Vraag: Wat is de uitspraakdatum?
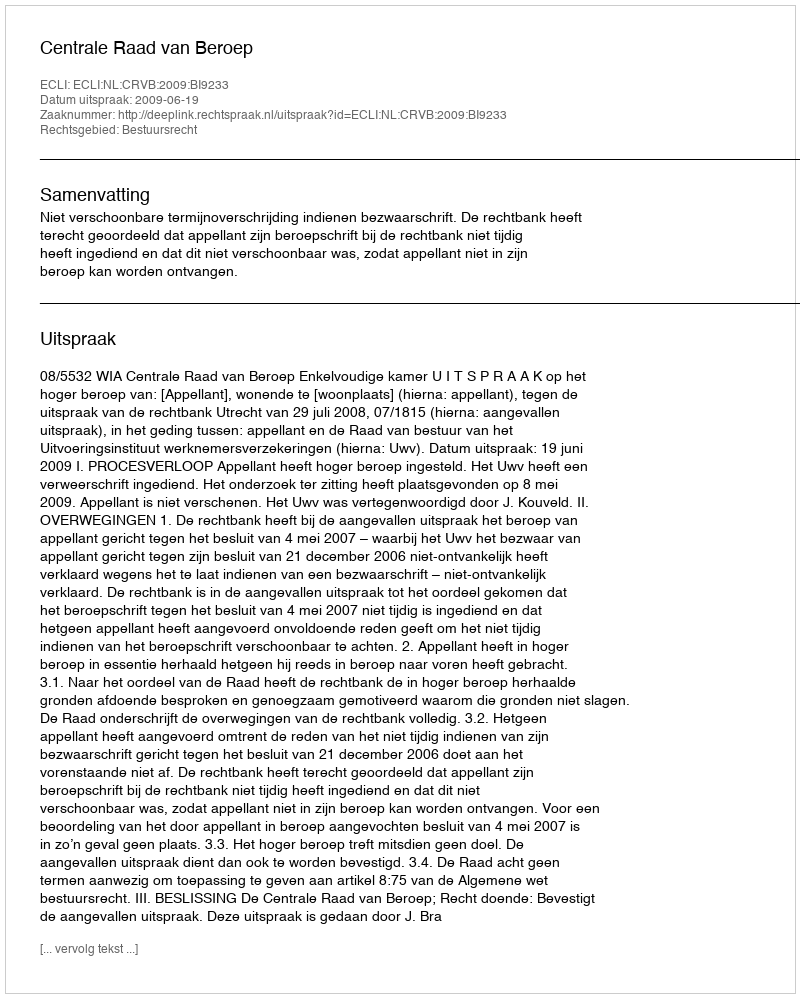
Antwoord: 2009-06-19